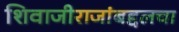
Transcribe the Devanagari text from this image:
शिवाजीराजांबद्दलचा